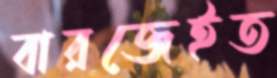
বারজেইত